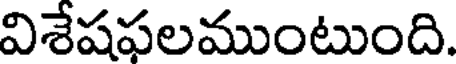
విశేషఫలముంటుంది.